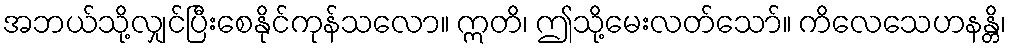
အဘယ်သို့လျှင်ပြီးစေနိုင်ကုန်သလော။ ဣတိ၊ ဤသို့မေးလတ်သော်။ ကိလေသေဟနန္တိ၊